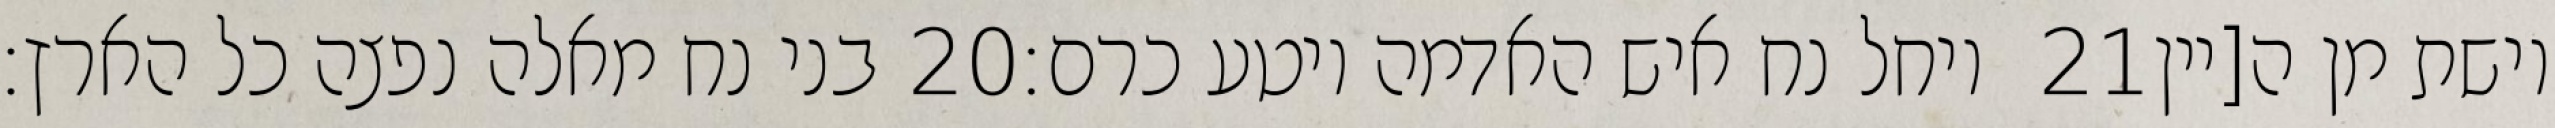
בני נח מאלה נפצה כל הארץ׃ ‎20‏ ויחל נח איש האדמה ויטע כרם׃ ‎21‏ וישת מן ה[יין